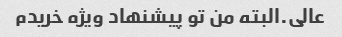
عالی.البته من تو پیشنهاد ویژه خریدم